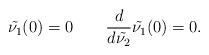
\begin{align*} \tilde{\nu_1}(0)=0\qquad\frac{d}{d\tilde{\nu_2}}\tilde{\nu_1}(0)=0. \end{align*}